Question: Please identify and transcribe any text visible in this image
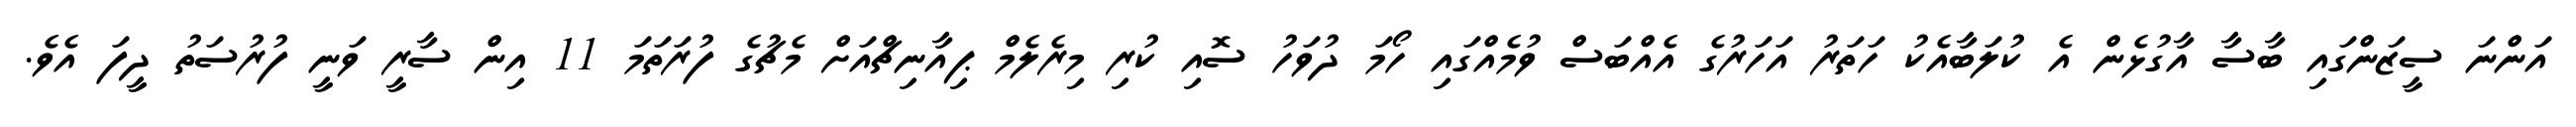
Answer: އަންނަ ސީޒަންގައި ބާސާ އާގުޅެން އެ ކުލަބާއެކު ހަތަރު އަހަރުގެ އެއްބަސް ވުމެއްގައި ހޯމަ ދުވަހު ސޮއި ކުރި މިރެލެމް ޕިއާނިޗްއަށް މެޗުގެ ފުރަތަމަ 11 އިން ސާރީ ވަނީ ފުރުސަތު ދީފަ އެވެ.